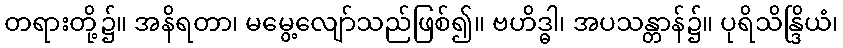
တရားတို့၌။ အနိရတာ၊ မမွေ့လျော်သည်ဖြစ်၍။ ဗဟိဒ္ဓါ၊ အပသန္တာန်၌။ ပုရိသိန္ဒြိယံ၊